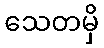
သေတမှိ